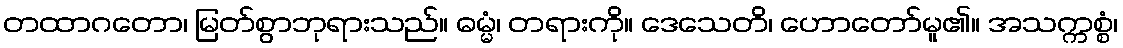
တထာဂတော၊ မြတ်စွာဘုရားသည်။ ဓမ္မံ၊ တရားကို။ ဒေသေတိ၊ ဟောတော်မူ၏။ အသက္ကစ္စံ၊